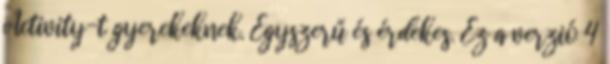
Activity-t gyerekeknek. Egyszerű és érdekes. Ez a verzió 4